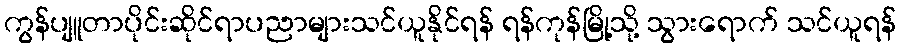
ကွန်ပျူတာပိုင်းဆိုင်ရာပညာများသင်ယူနိုင်ရန် ရန်ကုန်မြို့သို့ သွားရောက် သင်ယူရန်